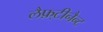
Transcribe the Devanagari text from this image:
लैफ़्टीनैन्ट